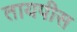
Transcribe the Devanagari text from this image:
तायपीस